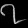
Digit: ၇